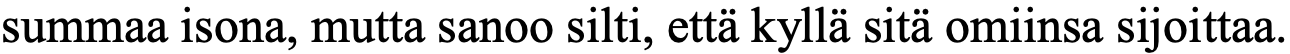
summaa isona, mutta sanoo silti, että kyllä sitä omiinsa sijoittaa.